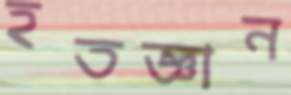
হতজ্ঞান